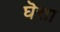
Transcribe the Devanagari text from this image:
घॆत्ता